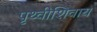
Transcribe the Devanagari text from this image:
पृथ्वीशिवाय